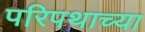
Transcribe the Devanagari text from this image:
परिपथाच्या